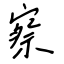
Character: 察